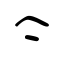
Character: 亽